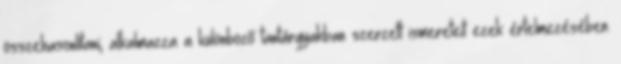
összehasonlítani; alkalmazza a különböző tantárgyakban szerzett ismereteit ezek értelmezésében.